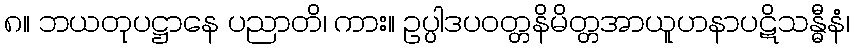
၈။ ဘယတုပဋ္ဌာနေ ပညာတိ၊ ကား။ ဥပ္ပါဒပဝတ္တနိမိတ္တအာယူဟနာပဋိသန္ဓီနံ၊